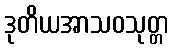
ဒုတိယအာသဝသုတ္တ